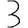
Digit: 3